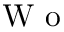
\textrm { W o }